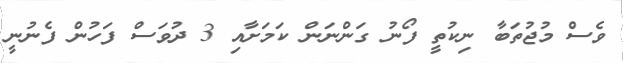
ވެސް މުޖުތަބާ ނިކުތީ ފޯނު ގަންނަން ކަމަށާއި 3 ދުވަސް ފަހުން ފެނުނީ